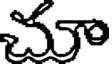
చూ